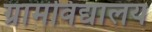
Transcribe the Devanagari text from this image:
ग्रामविद्यालय